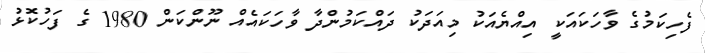
ފެހިކަމުގެ ވާހަކައަކީ އިއްޔެއަކު މިއަދަކު ދައްކަމުންދާ ވާހަކައެއް ނޫންކަން 1980 ގެ ފަހުކޮޅު